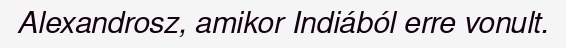
Alexandrosz, amikor Indiából erre vonult.